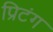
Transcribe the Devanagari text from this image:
प्रिटंग